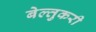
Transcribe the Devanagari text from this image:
बेल्तुकरी